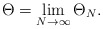
\begin{align*}\Theta=\lim_{N\to\infty}\Theta_N.\end{align*}